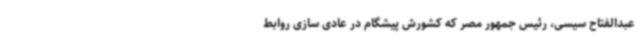
عبدالفتاح سیسی، رئیس جمهور مصر که کشورش پیشگام در عادی سازی روابط